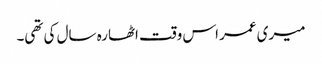
میری عمر اس وقت اٹھارہ سال کی تھی۔